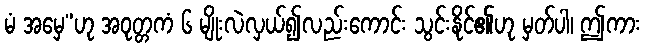
မံ အမှေ”ဟု အဝုတ္တကံ ၆ မျိုးလဲလှယ်၍လည်းကောင်း သွင်းနိုင်၏ဟု မှတ်ပါ၊ ဤကား